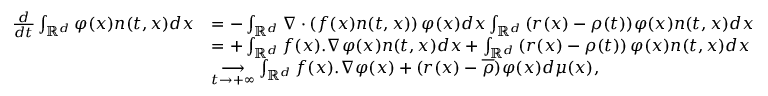
\begin{array} { r l } { \frac { d } { d t } \int _ { \mathbb { R } ^ { d } } { \varphi ( x ) n ( t , x ) d x } } & { = - \int _ { \mathbb { R } ^ { d } } { \nabla \cdot \left( f ( x ) n ( t , x ) \right) \varphi ( x ) d x } \int _ { \mathbb { R } ^ { d } } { ( r ( x ) - \rho ( t ) ) \varphi ( x ) n ( t , x ) d x } } \\ & { = + \int _ { \mathbb { R } ^ { d } } { f ( x ) . \nabla \varphi ( x ) n ( t , x ) d x } + \int _ { \mathbb { R } ^ { d } } { \left( r ( x ) - \rho ( t ) \right) \varphi ( x ) n ( t , x ) d x } } \\ & { \underset { t \to + \infty } { \longrightarrow } \int _ { \mathbb { R } ^ { d } } { f ( x ) . \nabla \varphi ( x ) + ( r ( x ) - \overline { \rho } ) \varphi ( x ) d \mu ( x ) } , } \end{array}